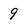
Character: 9